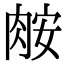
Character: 𦛅